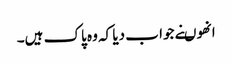
انھوںنے جوا ب دیا کہ وہ پاک ہیں۔